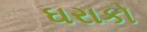
ઘરાકો